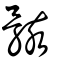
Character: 䠹